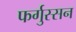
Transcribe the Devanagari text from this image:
फर्गुस्सन